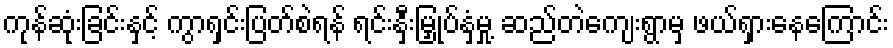
ကုန်ဆုံးခြင်းနှင့် ကွာရှင်းပြတ်စဲရန် ရင်းနှီးမြှုပ်နှံမှု့ ဆည်တဲကျေးရွာမှ ဖယ်ရှားနေကြောင်း